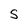
Character: S